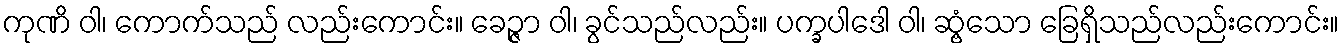
ကုဏိ ဝါ၊ ကောက်သည် လည်းကောင်း။ ခေဉ္ဇာ ဝါ၊ ခွင်သည်လည်း။ ပက္ခပါဒေါ ဝါ၊ ဆွံ့သော ခြေရှိသည်လည်းကောင်း။